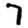
Digit: 7